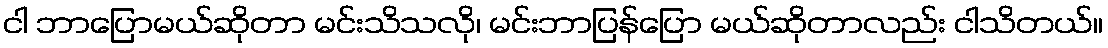
ငါ ဘာပြောမယ်ဆိုတာ မင်းသိသလို၊ မင်းဘာပြန်ပြော မယ်ဆိုတာလည်း ငါသိတယ်။